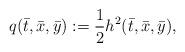
LaTeX: \begin{align*}q(\bar{t}, \bar{x}, \bar{y}):=\frac12h^2(\bar{t}, \bar{x}, \bar{y}),\end{align*}